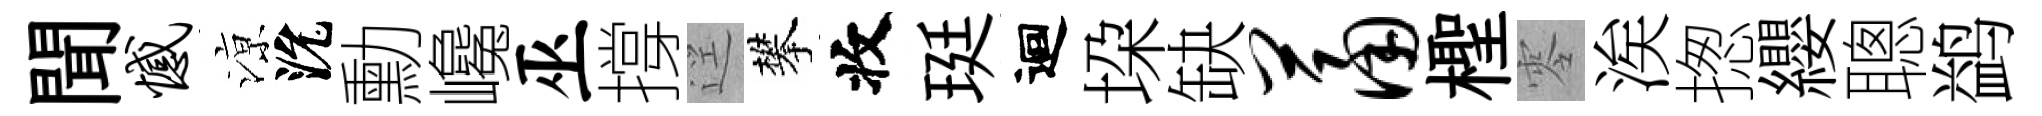
聞憾鿌沇勳巉巫撐逕攀收珽迴垜缺萧檉零涘揔纓聰鹢